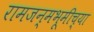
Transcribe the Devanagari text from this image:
रामजन्मभूमीच्या